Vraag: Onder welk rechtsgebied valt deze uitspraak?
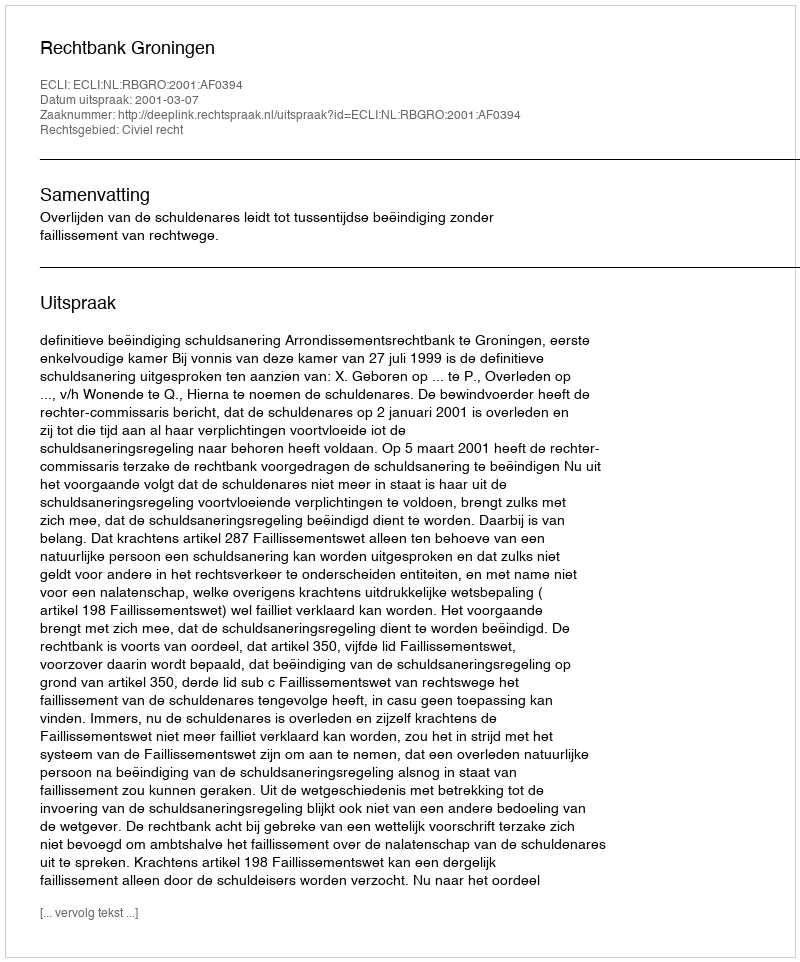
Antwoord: Civiel recht